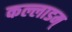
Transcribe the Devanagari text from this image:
कल्लाडम्